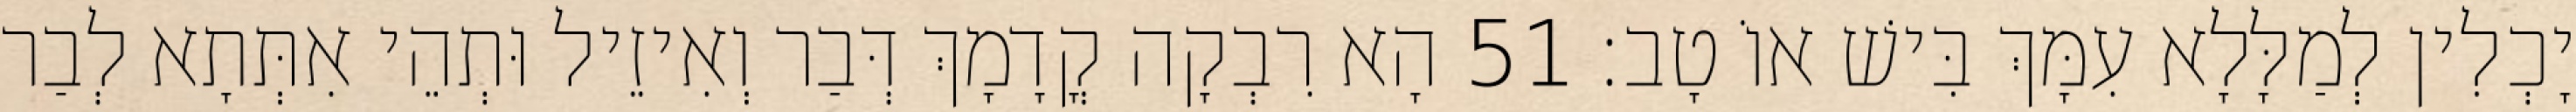
יָכְלִין לְמַלָּלָא עִמָּךְ בִּישׁ אוֹ טָב׃ 51 הָא רִבְקָה קֳדָמָךְ דְּבַר וְאִיזֵיל וּתְהֵי אִתְּתָא לְבַר